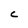
Character: C